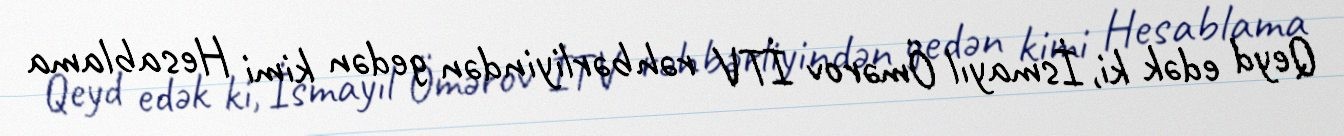
Qeyd edək ki, İsmayıl Ömərov İTV rəhbərliyindən gedən kimi Hesablama